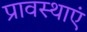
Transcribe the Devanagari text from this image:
प्रावस्थाएं